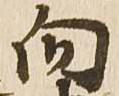
向